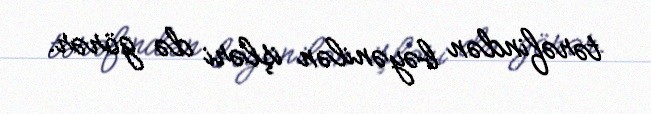
tərəfindən bəyənilən işləri də görər.